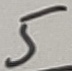
Text: 5